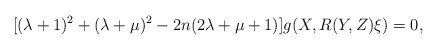
\begin{align*}[(\lambda+1)^2+(\lambda+\mu)^2-2n(2\lambda+\mu+1)]g(X,R(Y,Z)\xi)=0,\end{align*}